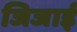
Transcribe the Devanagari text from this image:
जिजाई